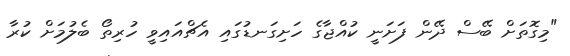
"މިގޮތަށް ބޭސް ދޭން ފަށަނީ ކުއްޖާގެ ހަށިގަނޑުގައި އެޗްއައިވީ ހުރިތޯ ބެލުމަށް ކުރާ